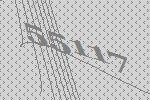
55117